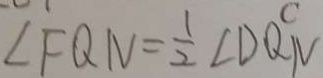
\angle F Q N = \frac { 1 } { 2 } \angle D Q N